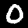
Label: 0